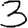
Digit: 3